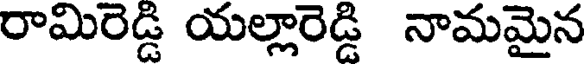
రామిరెడ్డి యల్లారెడ్డి నామమైన